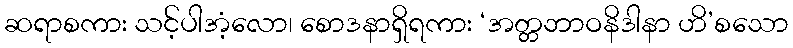
ဆရာစကား သင့်ပါအံ့လော၊ စောဒနာရှိရကား ‘အတ္တဘာဝနိဒါနာ ဟိ’စသော